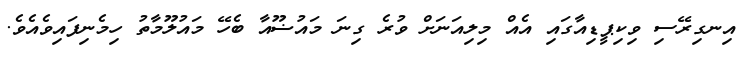
އިނގިރޭސި ވިކިޕީޑިއާގައި އެއް މިލިއަނަށް ވުރެ ގިނަ މައުޟޫއާ ބެހޭ މައުލޫމާތު ހިމެނިފައިވެއެވެ.